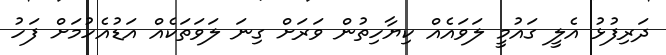
ދަރިފުޅު އެލީ ގައުމީ ލަވައެއް ކިޔާހިތުން ވަރަށް ގިނަ ލަވަތަކެއް އަޑުއެހުމަށް ފަހު